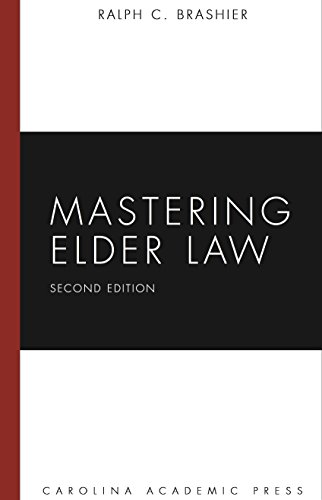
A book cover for Mastering Elder Law, Second Edition (Carolina Academic Press Mastering); Ralph C. Brashier; Law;